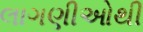
લાગણીઓથી